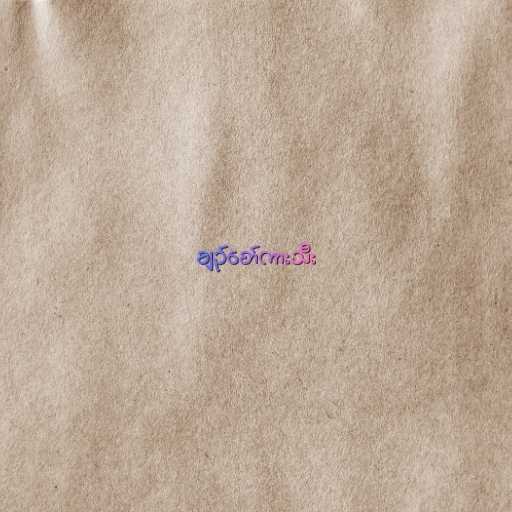
ချဥ်စော်ကားသီး